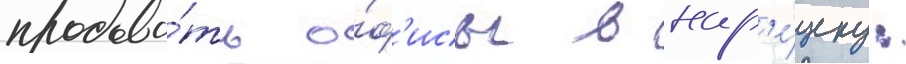
продава́ть о́ф'исы в нар'е́зку: